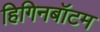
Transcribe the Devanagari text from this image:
हिगिनबॉटम